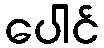
ပေါင်